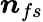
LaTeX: \boldsymbol{n}_{fs}